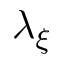
\lambda _ { \xi }